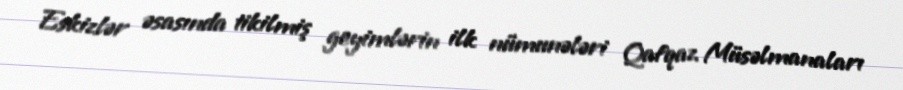
Eskizlər əsasında tikilmiş geyimlərin ilk nümunələri Qafqaz Müsəlmanaları